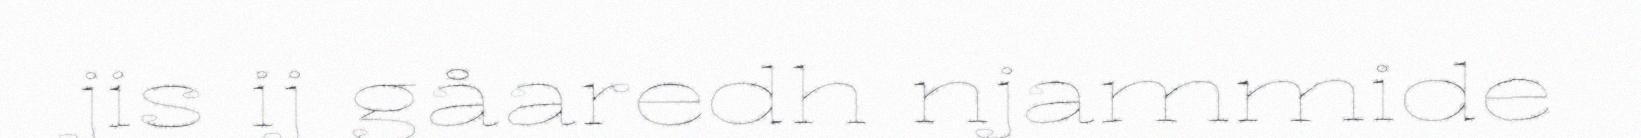
jis ij gåaredh njammide